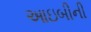
આઇબીની